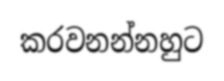
කරවනන්නහුට